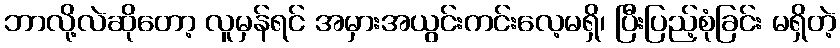
ဘာလို့လဲဆိုတော့ လူမှန်ရင် အမှားအယွင်းကင်းလေ့မရှိ၊ ပြီးပြည့်စုံခြင်း မရှိတဲ့